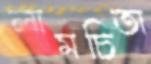
লামচিতা